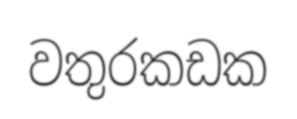
වතුරකඩක